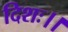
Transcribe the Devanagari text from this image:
दिशः।।